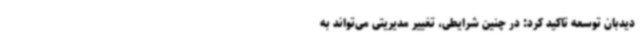
دیدبان توسعه تاکید کرد: در چنین شرایطی، تغییر مدیریتی می‌تواند به